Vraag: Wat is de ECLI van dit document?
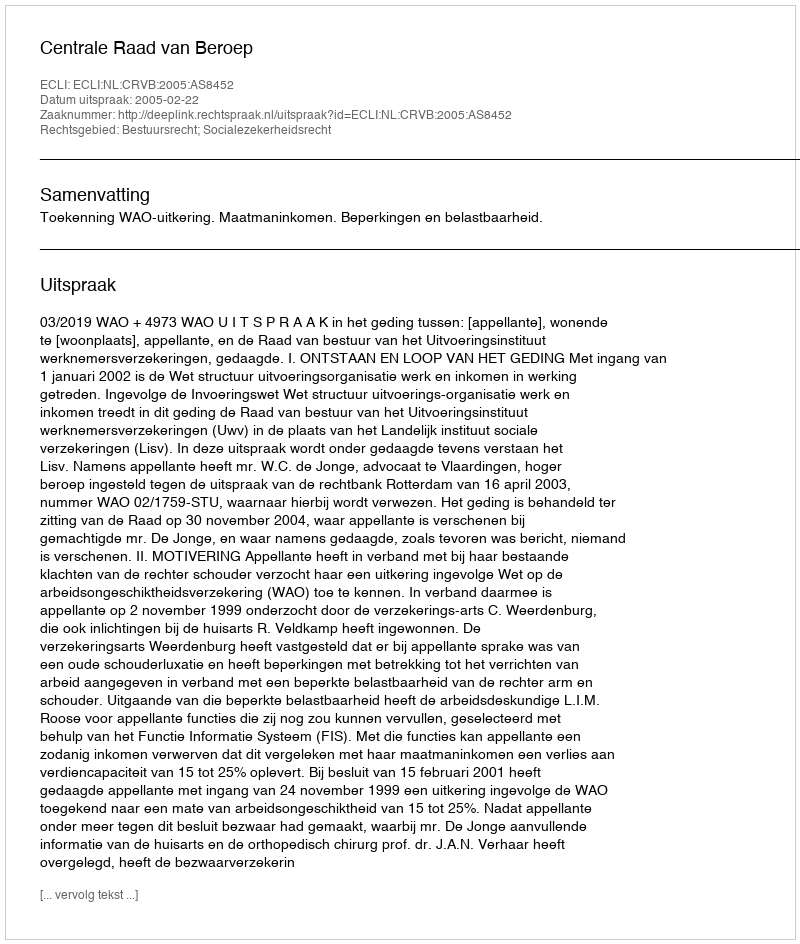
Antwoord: ECLI:NL:CRVB:2005:AS8452